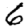
Digit: 6